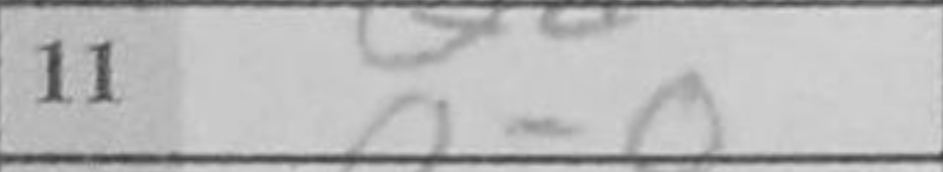
Transcription: O-O